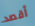
أقصد